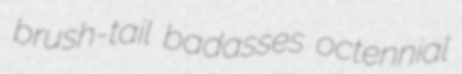
brush-tail badasses octennial